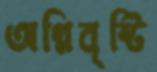
অগ্নিবৃষ্টি